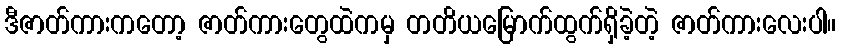
ဒီဇာတ်ကားကတော့ ဇာတ်ကားတွေထဲကမှ တတိယမြောက်ထွက်ရှိခဲ့တဲ့ ဇာတ်ကားလေးပါ။